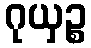
ဂုယှဉ္စ